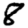
Digit: 8